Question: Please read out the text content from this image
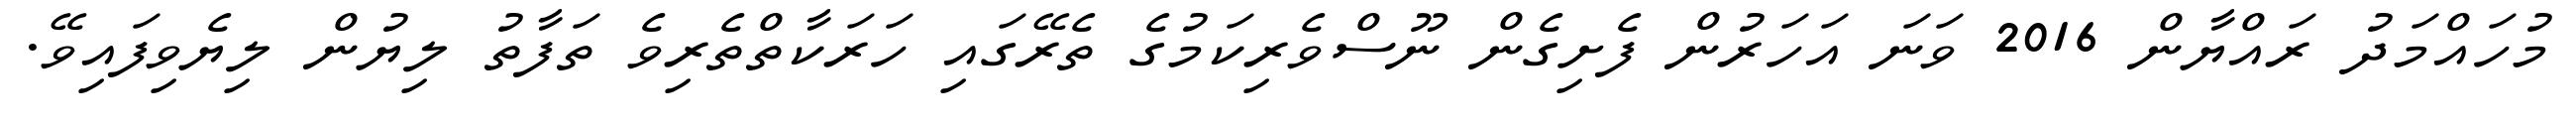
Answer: މުހައްމަދު ރައްޔާން 2016 ވަނަ އަހަރުން ފެށިގެން ނޫސްވެރިކަމުގެ ތެރޭގައި ހަރަކާތްތެރިވެ ތަފާތު ލިޔުން ލިޔެވިފައިވޭ.